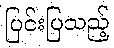
ပြင်းပြသည့်